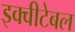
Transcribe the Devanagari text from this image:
इक्वीटेबल